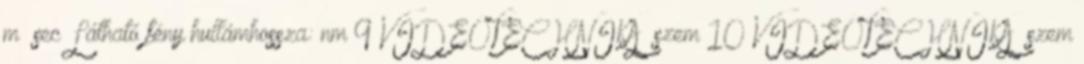
m sec Látható fény hullámhossza: nm 9 VIDEOTECHNIKA szem 10 VIDEOTECHNIKA szem